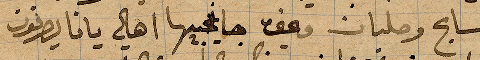
ومسابح وصلبان يعني جانحيها أهالي يافا يصرّفون